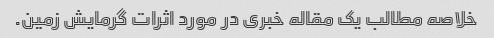
خلاصه مطالب یک مقاله خبری در مورد اثرات گرمایش زمین.